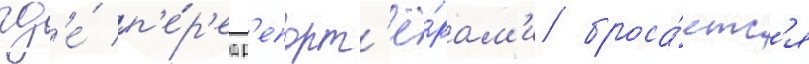
гд'е́ п'е́р'ед р'епорт'ё́рам'и броса́етс'я